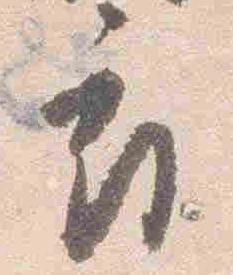
府